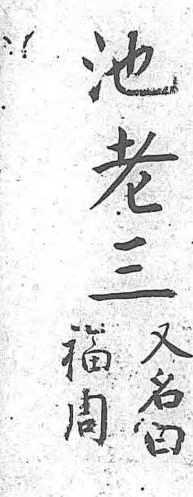
池福又老周名三 曰